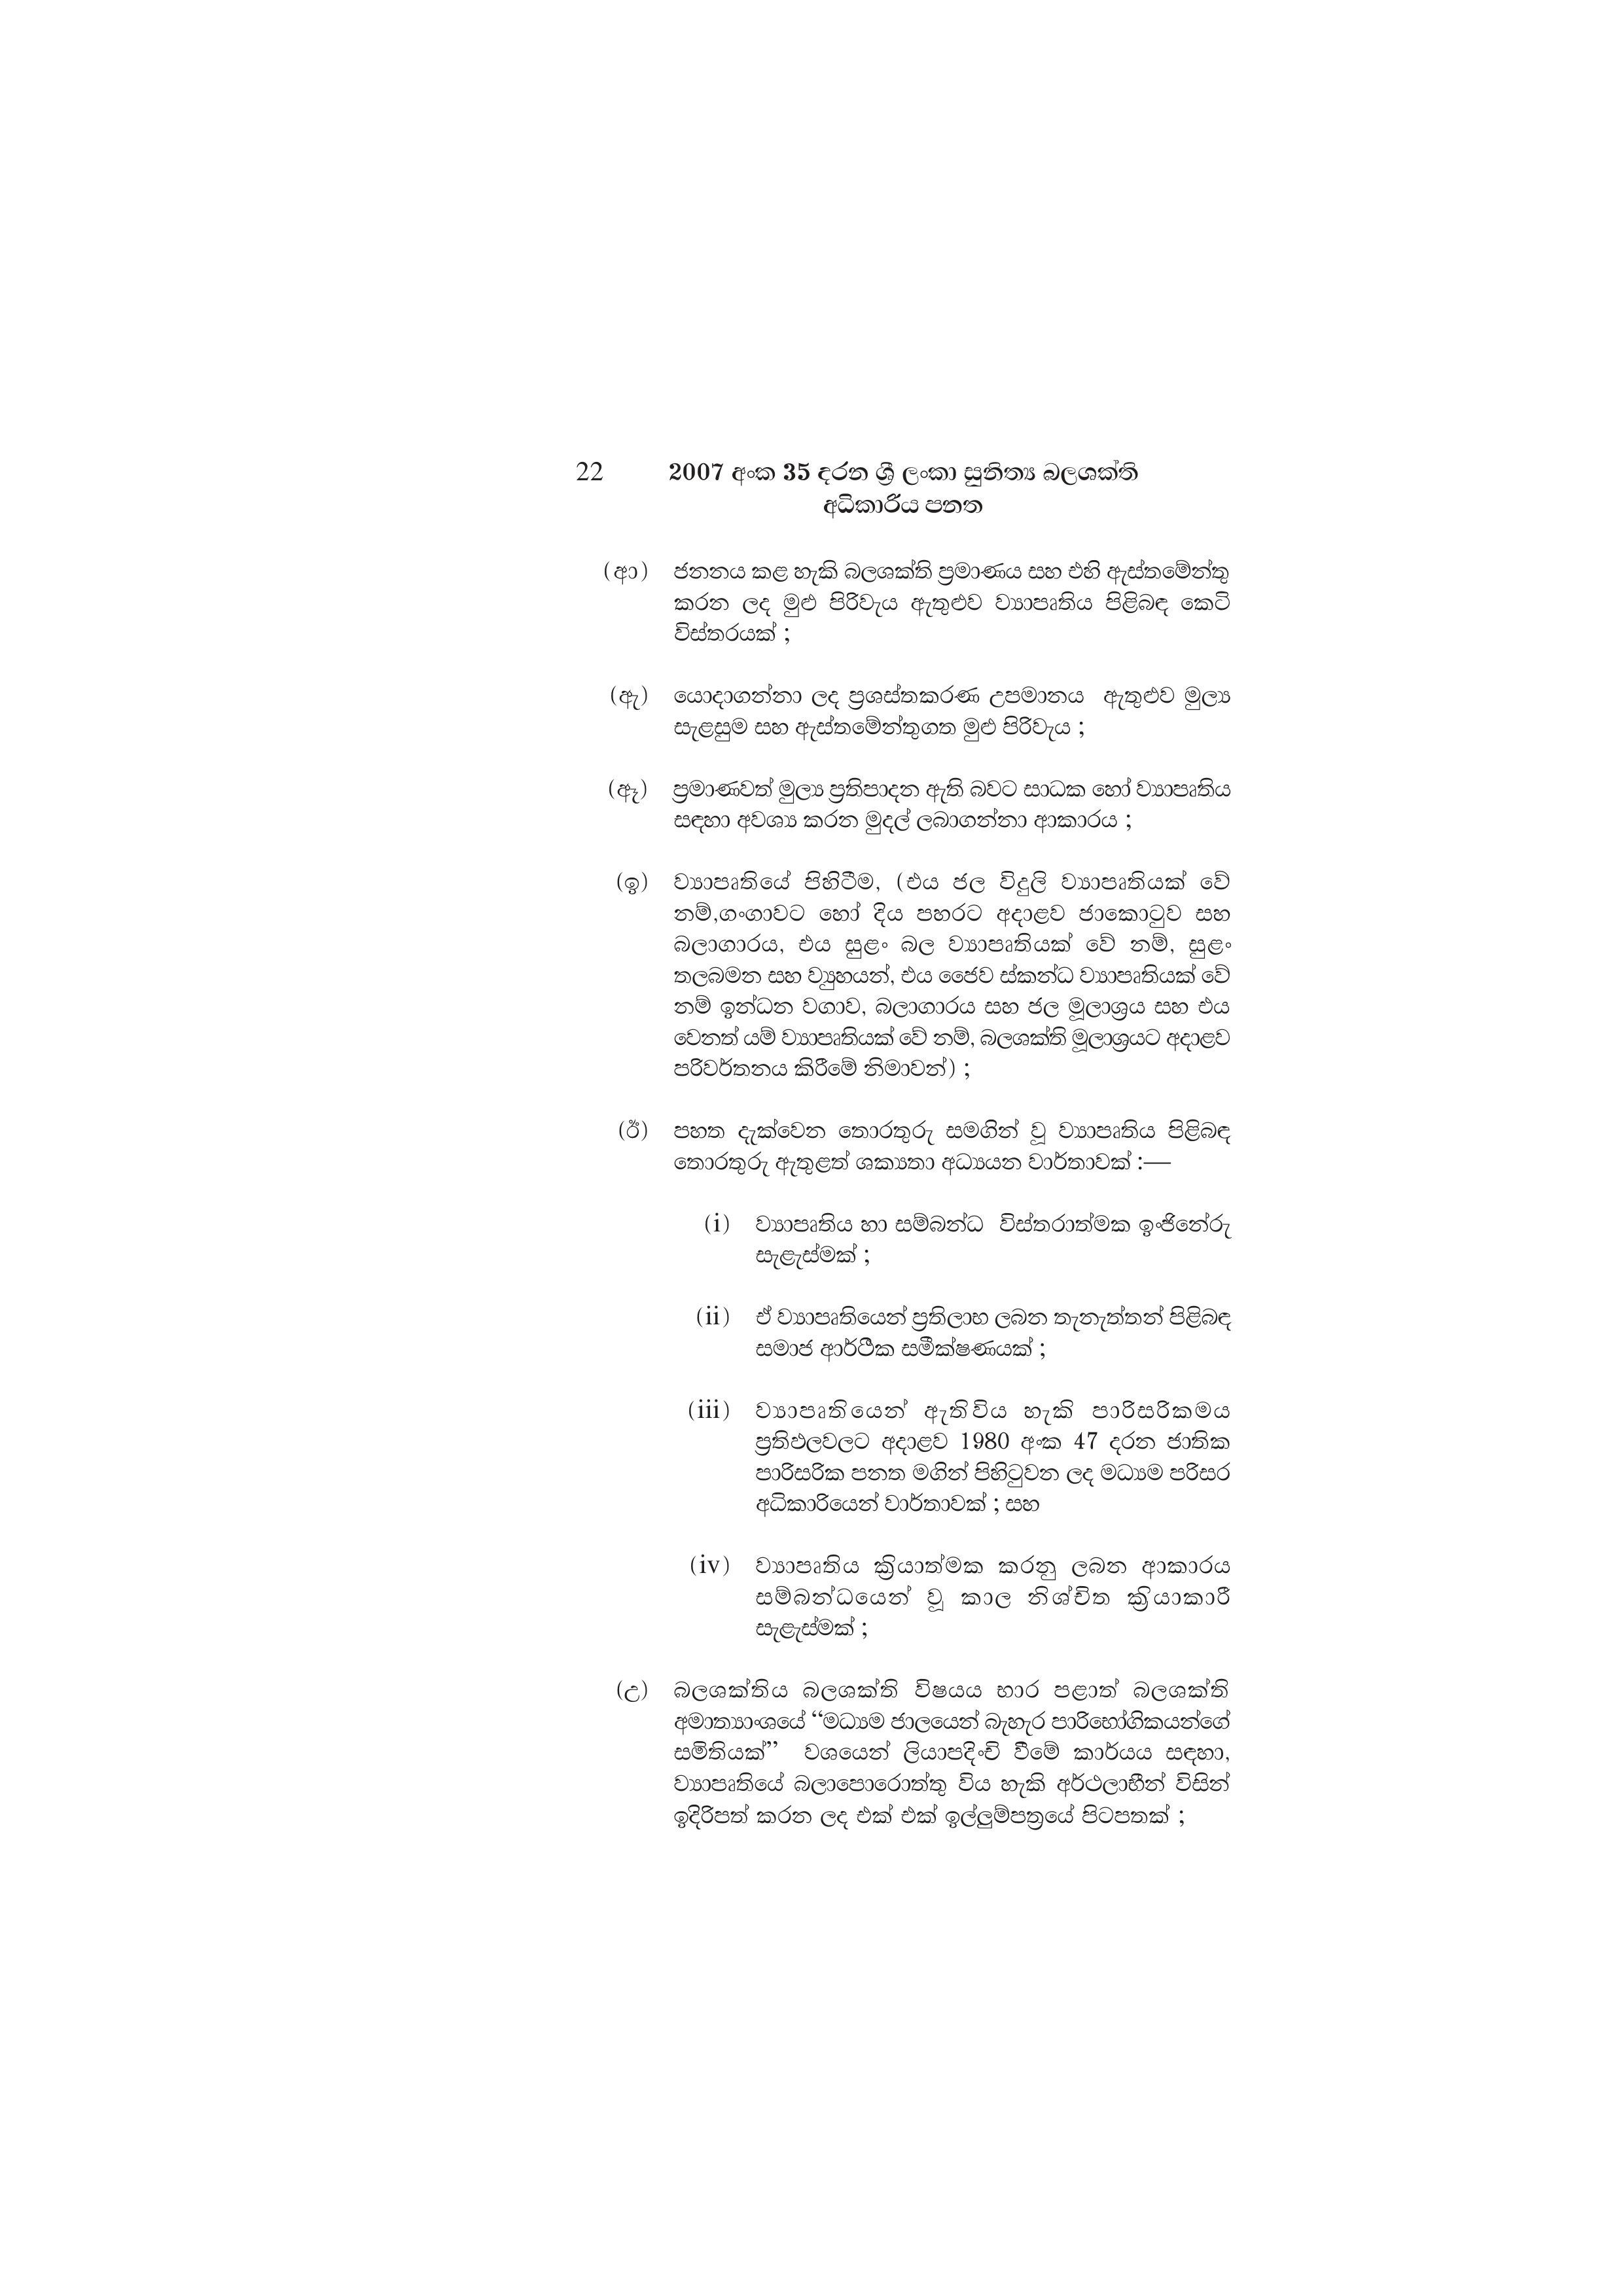
22 2007 අංක 35 දරන ශ්‍රී ලංකා සුනිත්‍ය බලශක්ති
අධිකාරිය පනත

(ආ) ජනනය කළ හැකි බලශක්ති ප්‍රමාණය සහ එහි ඇස්තමේන්තු
කරන ලද මුළු පිරිවැය ඇතුළුව ව්‍යාපෘතිය පිළිබඳ කෙටි
විස්තරයක් ;

(ඇ) යොදාගන්නා ලද ප්‍රශස්තකරණ උපමානය ඇතුළුව මුල්‍ය
සැළසුම සහ ඇස්තමේන්තුගත මුළු පිරිවැය ;

(ඈ) ප්‍රමාණවත් මුල්‍ය ප්‍රතිපාදන ඇති බවට සාධක හෝ ව්‍යාපෘතිය
සඳහා අවශ්‍ය කරන මුදල් ලබාගන්නා ආකාරය ;

(ඉ) ව්‍යාපෘතියේ පිහිටීම, (එය ජල විදුලි ව්‍යාපෘතියක් වේ
නම්,ගංගාවට හෝ දිය පහරට අදාළව ජාකොටුව සහ
බලාගාරය, එය සුළං බල ව්‍යාපෘතියක් වේ නම්, සුළං
තලබමන සහ ව්‍යුහයන්, එය ජෛව ස්කන්ධ ව්‍යාපෘතියක් වේ
නම් ඉන්ධන වගාව, බලාගාරය සහ ජල මූලාශ්‍රය සහ එය
වෙනත් යම් ව්‍යාපෘතියක් වේ නම්, බලශක්ති මූලාශ්‍රයට අදාළව
පරිවර්තනය කිරීමේ නිමාවන්);

(ඊ) පහත දැක්වෙන තොරතුරු සමගින් වූ ව්‍යාපෘතිය පිළිබඳ
තොරතුරු ඇතුළත් ශක්‍යතා අධ්‍යයන වාර්තාවක්:—

(i) ව්‍යාපෘතිය හා සම්බන්ධ විස්තරාත්මක ඉංජිනේරු
සැළැස්මක්;

(ii) ඒ ව්‍යාපෘතියෙන් ප්‍රතිලාභ ලබන තැනැත්තන් පිළිබඳ
සමාජ ආර්ථික සමීක්ෂණයක්;

(iii) ව්‍යාපෘතියෙන් ඇතිවිය හැකි පාරිසරිකමය
ප්‍රතිඵලවලට අදාළව 1980 අංක 47 දරන ජාතික
පාරිසරික පනත මගින් පිහිටුවන ලද මධ්‍යම පරිසර
අධිකාරියෙන් වාර්තාවක් ; සහ

(iv) ව්‍යාපෘතිය ක්‍රියාත්මක කරනු ලබන ආකාරය
සම්බන්ධයෙන් වූ කාල නිශ්චිත ක්‍රියාකාරී
සැළැස්මක්;

(උ) බලශක්තිය බලශක්ති විෂයය භාර පළාත් බලශක්ති
අමාත්‍යාංශයේ “මධ්‍යම ජාලයෙන් බැහැර පාරිභෝගිකයන්ගේ
සමිතියක්” වශයෙන් ලියාපදිංචි වීමේ කාර්යය සඳහා,
ව්‍යාපෘතියේ බලාපොරොත්තු විය හැකි අර්ථලාභීන් විසින්
ඉදිරිපත් කරන ලද එක් එක් ඉල්ලුම්පත්‍රයේ පිටපතක් ;